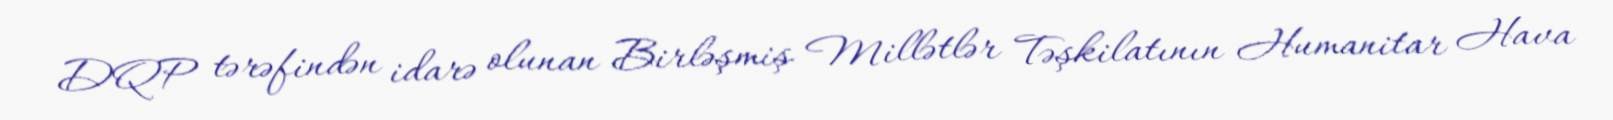
DQP tərəfindən idarə olunan Birləşmiş Millətlər Təşkilatının Humanitar Hava